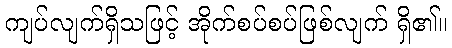
ကျပ်လျက်ရှိသဖြင့် အိုက်စပ်စပ်ဖြစ်လျက် ရှိ၏။